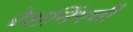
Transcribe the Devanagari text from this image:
रेशनिंगची